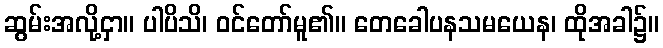
ဆွမ်းအလို့ငှာ။ ပါပိသိ၊ ဝင်တော်မူ၏။ တေခေါပနသမယေန၊ ထိုအခါ၌။